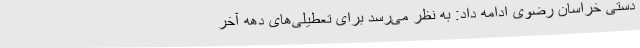
دستی خراسان رضوی ادامه داد: به نظر می‌رسد برای تعطیلی‌های دهه آخر